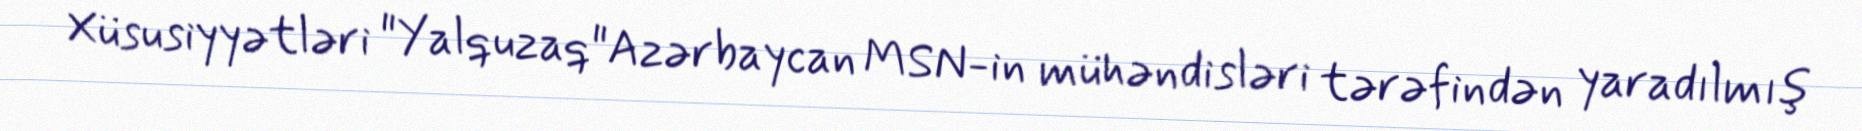
Xüsusiyyətləri "Yalquzaq"Azərbaycan MSN-in mühəndisləri tərəfindən yaradılmış